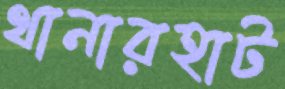
থানারহাট